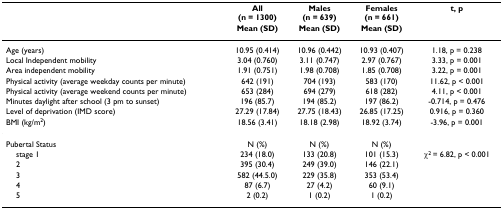
<table><thead><tr><td></td><td><b>All(n = 1300)</b></td><td><b>Males(n = 639)</b></td><td><b>Females(n = 661)</b></td><td><b>t, p</b></td></tr><tr><td></td><td><b>Mean (SD)</b></td><td><b>Mean (SD)</b></td><td><b>Mean (SD)</b></td><td></td></tr></thead><tbody><tr><td>Age (years)</td><td>10.95 (0.414)</td><td>10.96 (0.442)</td><td>10.93 (0.407)</td><td>1.18, p = 0.238</td></tr><tr><td>Local Independent mobility</td><td>3.04 (0.760)</td><td>3.11 (0.747)</td><td>2.97 (0.767)</td><td>3.33, p = 0.001</td></tr><tr><td>Area independent mobility</td><td>1.91 (0.751)</td><td>1.98 (0.708)</td><td>1.85 (0.708)</td><td>3.22, p = 0.001</td></tr><tr><td>Physical activity (average weekday counts per minute)</td><td>642 (191)</td><td>704 (193)</td><td>583 (170)</td><td>11.62, p &lt; 0.001</td></tr><tr><td>Physical activity (average weekend counts per minute)</td><td>653 (284)</td><td>694 (279)</td><td>618 (282)</td><td>4.11, p &lt; 0.001</td></tr><tr><td>Minutes daylight after school (3 pm to sunset)</td><td>196 (85.7)</td><td>194 (85.2)</td><td>197 (86.2)</td><td>-0.714, p = 0.476</td></tr><tr><td>Level of deprivation (IMD score)</td><td>27.29 (17.84)</td><td>27.75 (18.43)</td><td>26.85 (17.25)</td><td>0.916, p = 0.360</td></tr><tr><td>BMI (kg/m<sup>2</sup>)</td><td>18.56 (3.41)</td><td>18.18 (2.98)</td><td>18.92 (3.74)</td><td>-3.96, p = 0.001</td></tr><tr><td>Pubertal Status</td><td>N (%)</td><td>N (%)</td><td>N (%)</td><td></td></tr><tr><td> stage 1</td><td>234 (18.0)</td><td>133 (20.8)</td><td>101 (15.3)</td><td><b>χ</b><sup>2 </sup>= 6.82, p &lt; 0.001</td></tr><tr><td> 2</td><td>395 (30.4)</td><td>249 (39.0)</td><td>146 (22.1)</td><td></td></tr><tr><td> 3</td><td>582 (44.5.0)</td><td>229 (35.8)</td><td>353 (53.4)</td><td></td></tr><tr><td> 4</td><td>87 (6.7)</td><td>27 (4.2)</td><td>60 (9.1)</td><td></td></tr><tr><td> 5</td><td>2 (0.2)</td><td>1 (0.2)</td><td>1 (0.2)</td><td></td></tr></tbody></table>